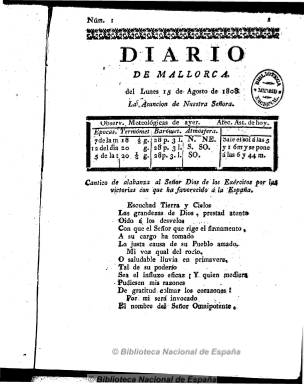
Título: Diario de Mallorca (Palma de Mallorca. 1808)
Colección: Periódicos anteriores a 1850
Ámbito geográfico: Baleares
Lugar de publicación: Palma de Mallorca
Fechas: 15/08/1808-31/12/1814

Al día siguiente del cese del Diario político de Mallorca, el 15 de agosto de 1808, aparece este Diario de Mallorca, en la misma imprenta que en la de su antecesor, la de Buenaventura Villalonga, que estampará este diario hasta el 31 de diciembre de 1814, fecha en la que el redactor incluye una nota para indicar la causa de su desaparición: la falta de suscriptores, pero en la que también pedirá perdón por haber publicado textos con los que se “pretendieron manchar mi prensa” a través de “artículos poco decorosos”.

Sin duda se trata del mismo impresor, que hace referencia a la época (1808-1812) en la que el principal redactor del diario fue Juan Antonio Picornell y Obispo, cuando el periódico acogió la colaboración de destacados liberales de Palma.

Diario de Mallorca es un periódico político y noticioso de carácter patriótico y fernandino, que comienza cada número con el santoral y las observaciones meteorológicas y afecciones astronómicas, para dar cabida a artículos doctrinales sobre la historia reciente, también de arte y literatura, pero sobre todo de noticias sobre los acontecimientos que durante estos años acontecen en España y Europa relativos a las invasiones napoleónicas. Asimismo ofrece noticias locales, no sólo de tipo económico (movimiento portuario, ventas, alquileres, sirvientes, etc.) sino de cuantas órdenes emitían las autoridades locales. Asimismo ofrece extractos y resúmenes de otros periódicos provinciales españoles y noticias de América. Todas ellas incluidas en secciones como “Noticias particulares” o “Noticias del país”.

En números de cuatro páginas, en ocasiones no aparece el pie de imprenta, aunque casi siempre indica “Con Superior permiso”. A partir del uno de noviembre de 1810 su cabecera incluye un grabado con el escudo de Mallorca, y tras el regreso del monarca, insertará también la leyenda “Año 7º del Reynado de Fernando VII”.